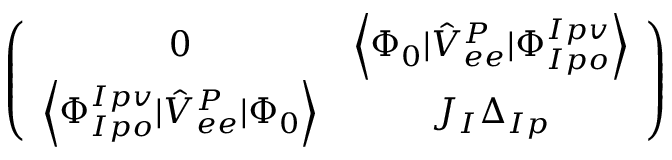
\begin{array} { r } { \left( \begin{array} { c c } { 0 } & { \left< \Phi _ { 0 } | \hat { V } _ { e e } ^ { P } | \Phi _ { I p o } ^ { I p v } \right> } \\ { \left< \Phi _ { I p o } ^ { I p v } | \hat { V } _ { e e } ^ { P } | \Phi _ { 0 } \right> } & { J _ { I } \Delta _ { I p } } \end{array} \right) } \end{array}